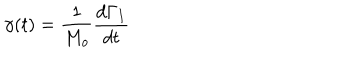
\gamma ( t ) = \frac { 1 } { M _ { o } } \frac { d \Gamma _ { I } } { d t }